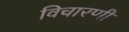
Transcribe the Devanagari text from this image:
विचारणी